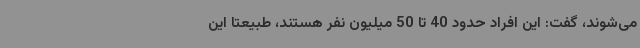
می‌شوند، گفت: این افراد حدود 40 تا 50 میلیون نفر هستند، طبیعتاً این